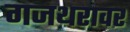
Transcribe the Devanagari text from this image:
गजथरावर